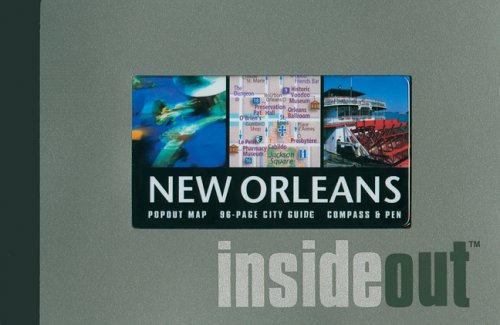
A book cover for Insideout New Orleans City Guide (Insideout City Guide: New Orleans); Travel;